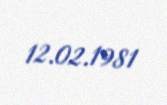
12.02.1981